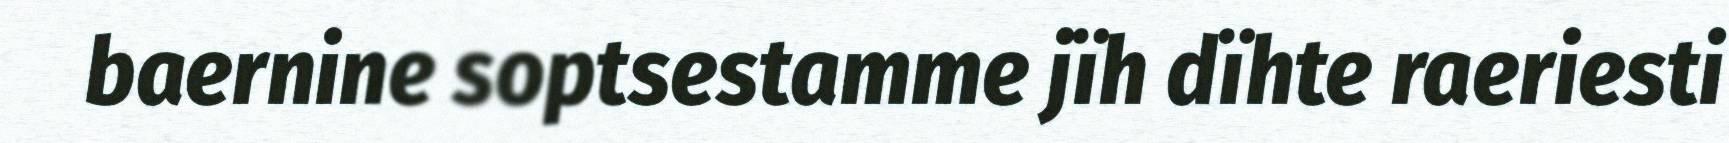
baernine soptsestamme jïh dïhte raeriesti